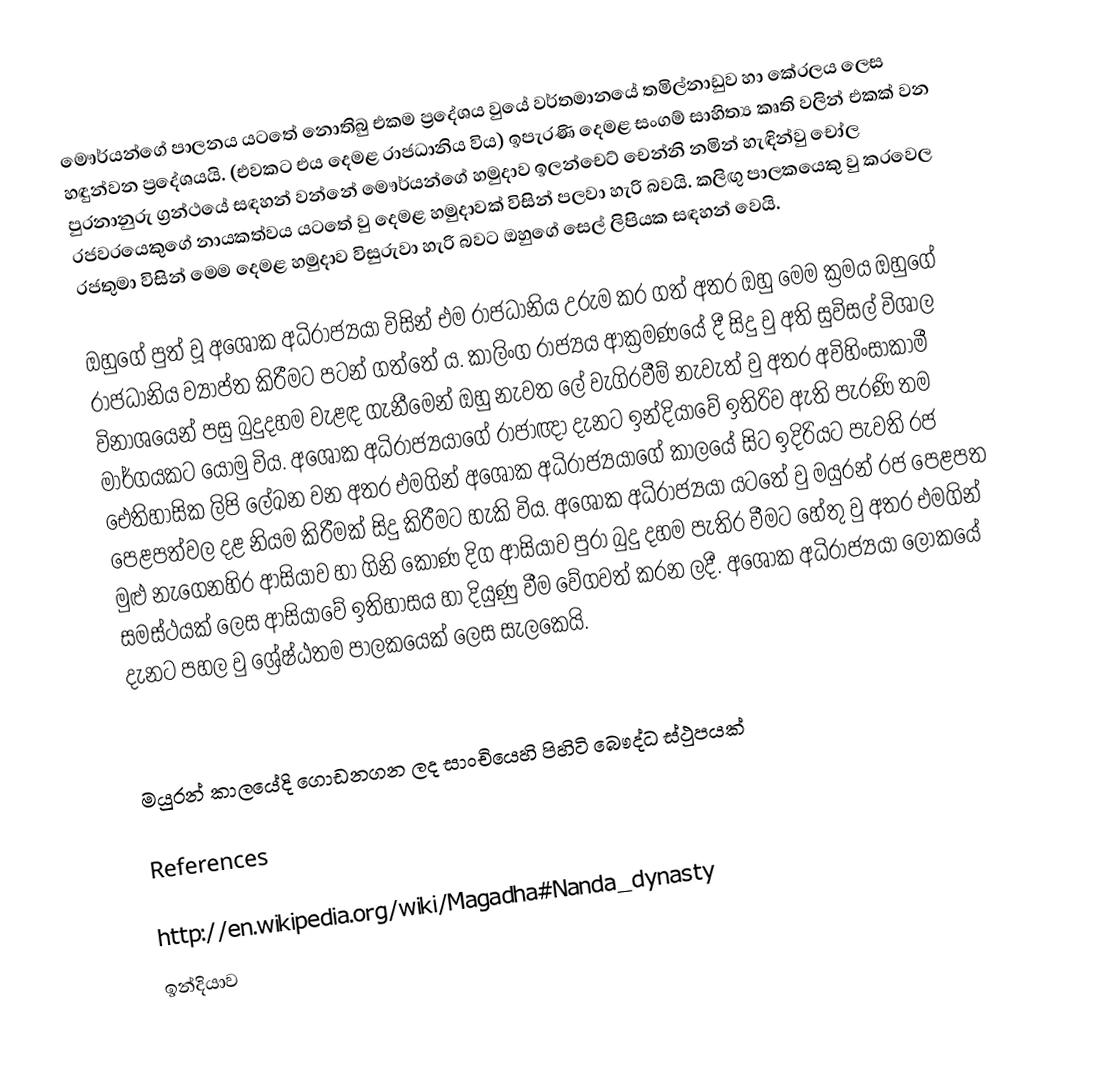
මෞර්යන්ගේ පාලනය යටතේ නොතිබු එකම ප්‍රදේශය වුයේ වර්තමානයේ තමිල්නාඩුව හා කේරලය ලෙස හඳුන්වන ප්‍රදේශයයි. (එවකට එය දෙමළ රාජධානිය විය) ඉපැරණි දෙමළ සංගම් සාහිත්‍ය කෘති වලින් එකක් වන පුරනානුරු ග්‍රන්ථයේ සඳහන් වන්නේ මෞර්යන්ගේ හමුදාව ඉලන්චෙට් චෙන්නි නමින් හැඳින්වු චෝල රජවරයෙකුගේ නායකත්වය යටතේ වු දෙමළ හමුදාවක් විසින් පලවා හැරි බවයි. කලිඟු පාලකයෙකු වු කරවෙල රජතුමා විසින් මෙම දෙමළ හමුදාව විසුරුවා හැරි බවට ඔහුගේ සෙල් ලිපියක සඳහන් වෙයි.

ඔහුගේ පුත් වූ අශෝක අධිරාජ්‍යයා විසින් එම රාජධානිය උරුම කර ගත් අතර ඔහු මෙම ක්‍රමය ඔහුගේ රාජධානිය ව්‍යාප්ත කිරීමට පටන් ගත්තේ ය. කාලිංග රාජ්‍යය ආක්‍රමණයේ දී සිදු වු අති සුවිසල් විශාල වින‍ාශයෙන් පසු බුදුදහම වැළඳ ගැනීමෙන් ඔහු නැවත ලේ වැගිරවීම් නැවැත් වු අතර අවිහිංසාකාමී මාර්ගයකට යොමු විය. අශෝක අධිරාජ්‍යයාගේ රාජාඥා දැනට ඉන්දියාවේ ඉතිරිව ඇති පැරණි තම ඓතිහාසික ලිපි ලේඛන වන අතර එමගින් අශො‍්ක අධිරාජ්‍යයාගේ කාලයේ සිට ඉදිරියට පැවති රජ පෙළපත්වල දළ නියම කිරීමක් සිදු කිරීමට හැකි විය. අශෝක අධිරාජ්‍යයා යටතේ වු මයුරන් රජ පෙළපත මුළු නැගෙනහිර ආසියාව හා ගිනි කොණ දිග ආසියාව පුරා බුදු දහම පැතිර වීමට හේතු වු අතර එමගින් සමස්ථයක් ලෙස ආසියාවේ ඉතිහාසය හා දියුණු වීම වේගවත් කරන ලදී. අශෝක අධිරාජ්‍යයා ලෝකයේ දැනට පහල වු ශ්‍රේෂ්ඨතම පාලකයෙක් ලෙස සැලකෙයි.

මයුරන් කාලයේදි ගොඩනගන ලද සාංචියෙහි පිහිටි බෞද්ධ ස්ථුපයක්

References

http://en.wikipedia.org/wiki/Magadha#Nanda_dynasty
ඉන්දියාව